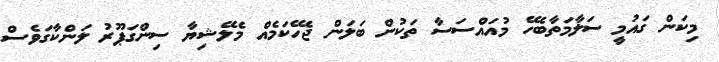
މިކަން ގައުމީ ސަލާމަތާބެހޭ މުއައްސަސާ ތަކުން ބަލަން ޖެހޭކަމެއް މެލޭޝިޔާ ސިންގަޕޫރު ލަންކާގަވެސް